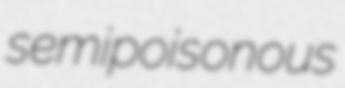
semipoisonous